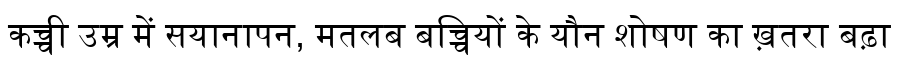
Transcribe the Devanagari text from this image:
कच्ची उम्र में सयानापन, मतलब बच्चियों के यौन शोषण का ख़तरा बढ़ा